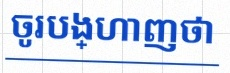
ចូរបង្ហាញថា